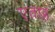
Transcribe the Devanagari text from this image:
एताह